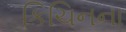
કિચિનના